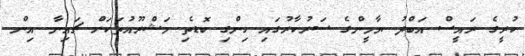
ކުރީގެ ރައީސް އަބްދު ޔާމީންގެ ސަރުކާރުގައި ހިންގި ބޮޑެތި މަޝްރޫއުތަކަށް ޗައިނާ އިން